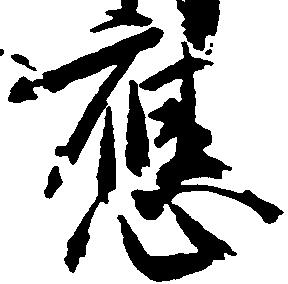
応